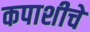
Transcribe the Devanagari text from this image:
कपाशीचे